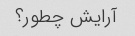
آرایش چطور؟